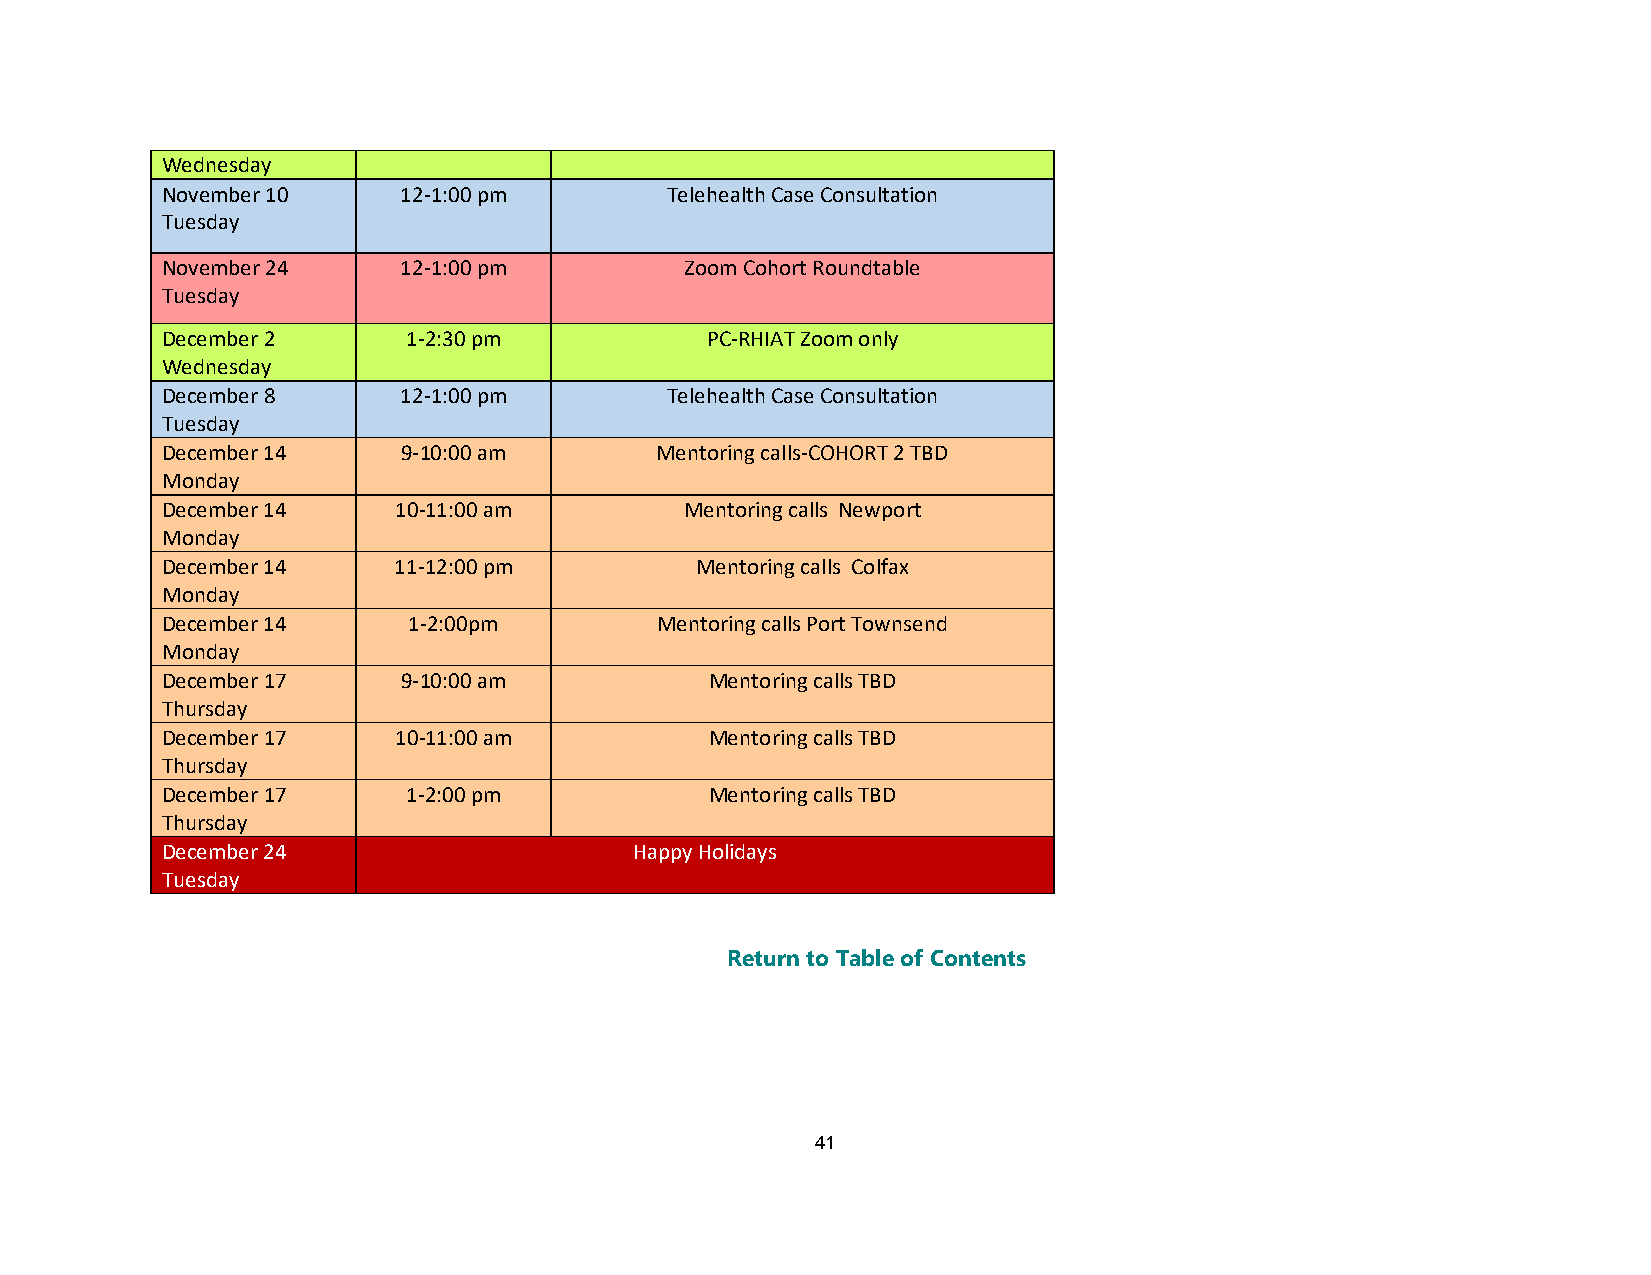
Wednesday
 November 10    12-1:00 pm        Telehealth Case Consultation
 Tuesday
 November 24    12-1:00 pm         Zoom Cohort Roundtable
 Tuesday
 December 2      1-2:30 pm           PC-RHIAT Zoom only
 Wednesday
 December 8     12-1:00 pm        Telehealth Case Consultation
 Tuesday
 December 14     9-10:00 am      Mentoring calls-COHORT 2 TBD
 Monday
 December 14    10-11:00 am        Mentoring calls Newport
 Monday
 December 14    11-12:00 pm         Mentoring calls Colfax
 Monday
 December 14     1-2:00pm        Mentoring calls Port Townsend
 Monday
 December 17     9-10:00 am          Mentoring calls TBD
 Thursday
 December 17    10-11:00 am          Mentoring calls TBD
 Thursday
 December 17     1-2:00 pm           Mentoring calls TBD
 Thursday
 December 24                    Happy Holidays
 Tuesday
 Return to Table of Contents
 41